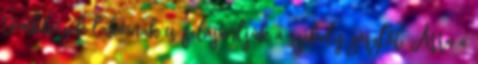
tömbházak lakóinak is felajánlják a székely zászlót. Arra a